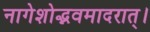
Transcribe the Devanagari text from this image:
नागेशोद्भवमादरात्‌।